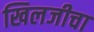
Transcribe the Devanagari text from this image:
खिलजीचा